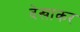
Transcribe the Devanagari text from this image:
देखाकर